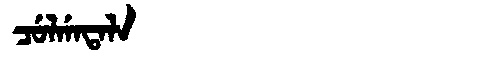
Manchu: ᠴᡠᠯᡤᠠᡨᠠᠯᠠ
Romanization: CULGATALA